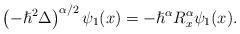
LaTeX: \begin{align*}\left( -\hslash^{2}\Delta\right) ^{\alpha/2}\psi_{1}(x)=-\hslash^{\alpha}R_{x}^{\alpha}\psi_{1}(x).\end{align*}